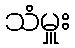
သံမှူး